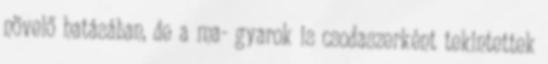
növelő hatásában, de a ma- gyarok is csodaszerként tekintettek